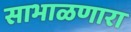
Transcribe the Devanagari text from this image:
साभाळणारा